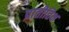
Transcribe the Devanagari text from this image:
प्रातीतिक्ष